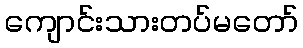
ကျောင်းသားတပ်မတော်